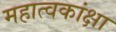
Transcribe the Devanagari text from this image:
महात्वकांक्षा